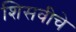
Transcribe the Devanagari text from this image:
शिसवीचे